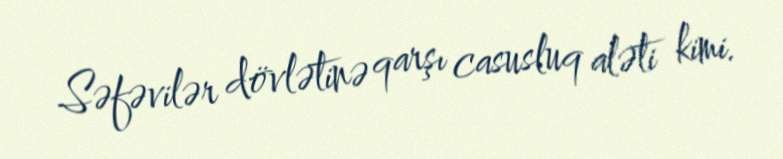
Səfəvilər dövlətinə qarşı casusluq aləti kimi.